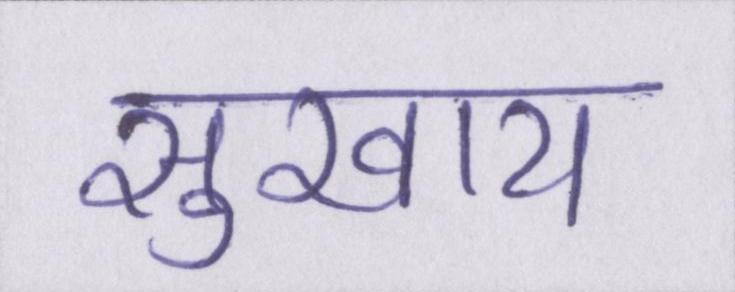
सुखाय